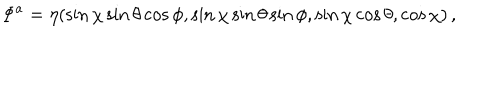
\Phi ^ { a } = \eta ( \sin \chi \sin \theta \cos \phi , \sin \chi \sin \theta \sin \phi , \sin \chi \cos \theta , \cos \chi ) \, ,